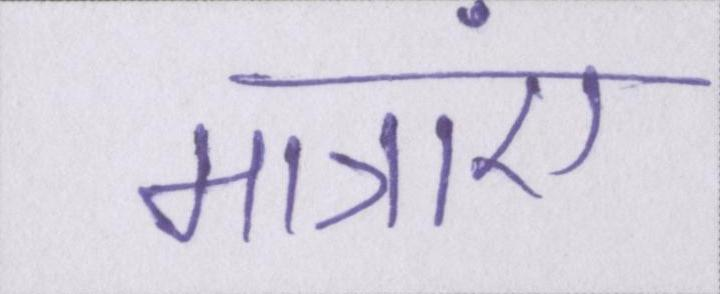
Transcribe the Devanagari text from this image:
मात्राएं